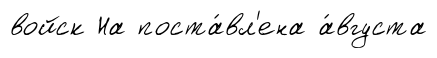
войск На поста́вл'ена а́вгуста